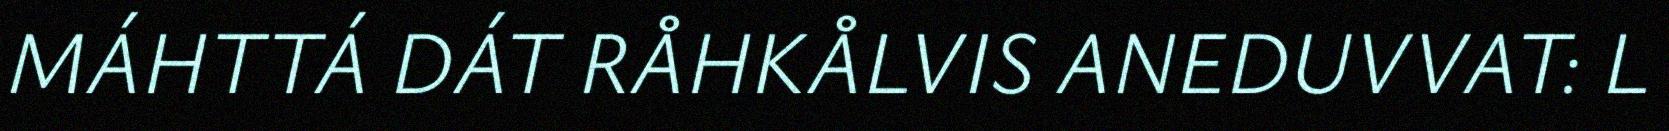
MÁHTTÁ DÁT RÅHKÅLVIS ANEDUVVAT: L